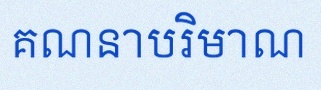
គណនាបរិមាណ